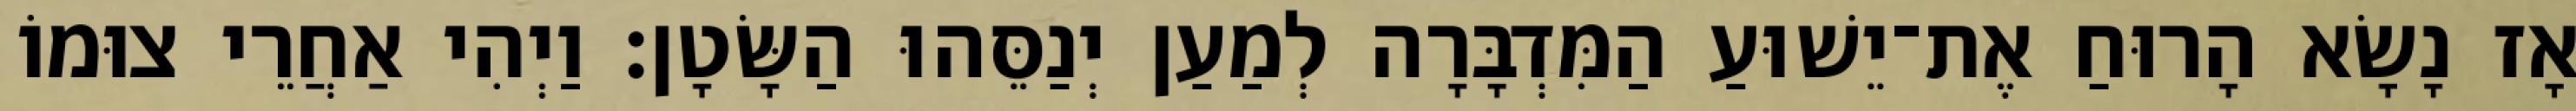
אָז נָשָׂא הָרוּחַ אֶת־יֵשׁוּעַ הַמִּדְבָּרָה לְמַעַן יְנַסֵּהוּ הַשָּׂטָן׃ וַיְהִי אַחֲרֵי צוּמוֹ